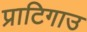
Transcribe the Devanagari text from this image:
प्राटिगाउ